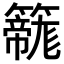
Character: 𮆲